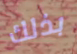
بذلك